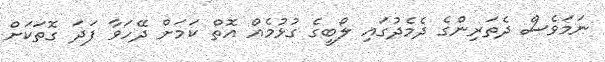
ނަމަވެސް ދެތަރިންގެ ދެމެދުގައި ލޯބީގެ ގުޅުމެއް އޮތް ކަމަށް ދޭހަވާ ފަދަ ގޮތަކަށް